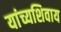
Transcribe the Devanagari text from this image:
यांच्यशिवाय